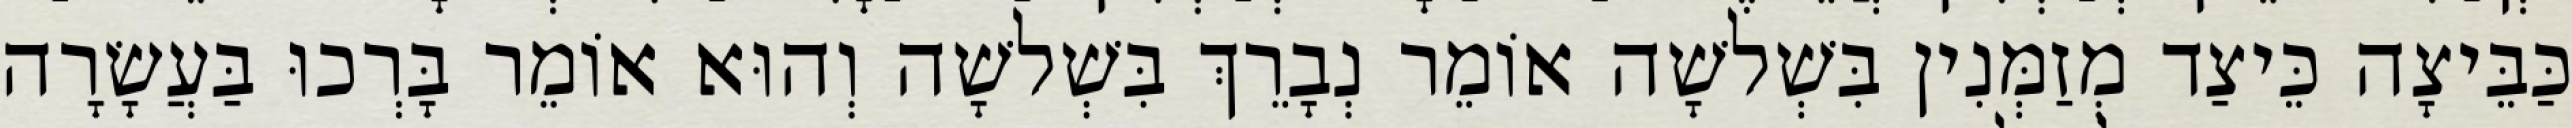
כַּבֵּיצָה כֵּיצַד מְזַמְּנִין בִּשְׁלשָׁה אוֹמֵר נְבָרֵךְ בִּשְׁלשָׁה וְהוּא אוֹמֵר בָּרְכוּ בַּעֲשָׂרָה